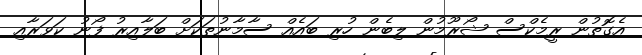
އެގޮތުން ރީމެކްސް ޝޯރޫމުން ލިބެން ހުރި ބައެއް ސާމާނުތަކަށް ބަލާއިރު ފޯނު ކަވަރާއި